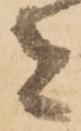
者